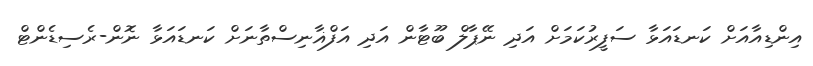
އިންޑިއާއަށް ކަނޑައަޅާ ސަފީރުކަމަށް އަދި ނޭޕާލް ބޫޓާން އަދި އަފްޣާނިސްތާނަށް ކަނޑައަޅާ ނޮން-ރެސިޑެންޓް